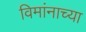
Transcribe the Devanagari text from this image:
विमांनाच्या